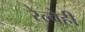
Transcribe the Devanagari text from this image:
रेल्वेही